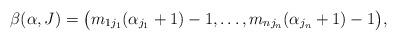
LaTeX: \begin{align*}\beta(\alpha, J)=\bigl(m_{1j_{1}}(\alpha_{j_{1}}+1)-1,\ldots,m_{nj_{n}}(\alpha_{j_{n}}+1)-1\bigr),\end{align*}